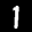
Label: 1